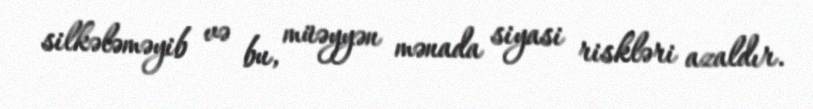
silkələməyib və bu, müəyyən mənada siyasi riskləri azaldır.